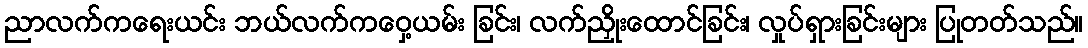
ညာလက်ကရေးယင်း ဘယ်လက်ကဝှေ့ယမ်း ခြင်း၊ လက်ညှိုးထောင်ခြင်း၊ လှုပ်ရှားခြင်းများ ပြုတတ်သည်။